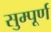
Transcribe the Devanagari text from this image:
सुम्पूर्ण